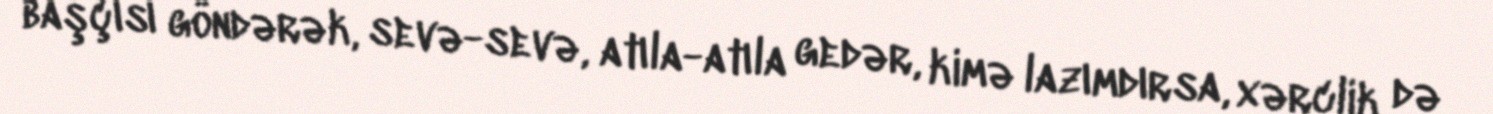
başçısı göndərək, sevə-sevə, atıla-atıla gedər, kimə lazımdırsa, xərclik də